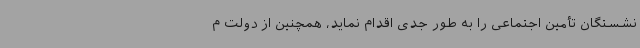
نشستگان تأمین اجتماعی را به طور جدی اقدام نماید، همچنین از دولت م